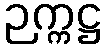
ဉက္ကဋ္ဌ